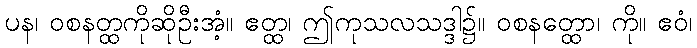
ပန၊ ဝစနတ္ထကိုဆိုဦးအံ့။ ဧတ္ထ၊ ဤကုသလသဒ္ဒါ၌။ ဝစနတ္ထော၊ ကို။ ဧဝံ၊